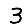
Digit: 3